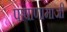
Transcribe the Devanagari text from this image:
पाषाणामाजी